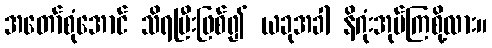
အတော်စုံအောင် သိရပြီးဖြစ်၍ ယခုအခါ နိဂုံးအုပ်ကြစို့လား။